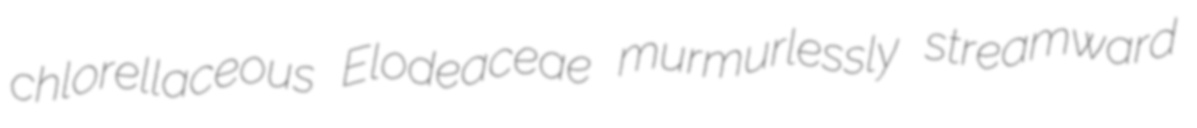
chlorellaceous Elodeaceae murmurlessly streamward